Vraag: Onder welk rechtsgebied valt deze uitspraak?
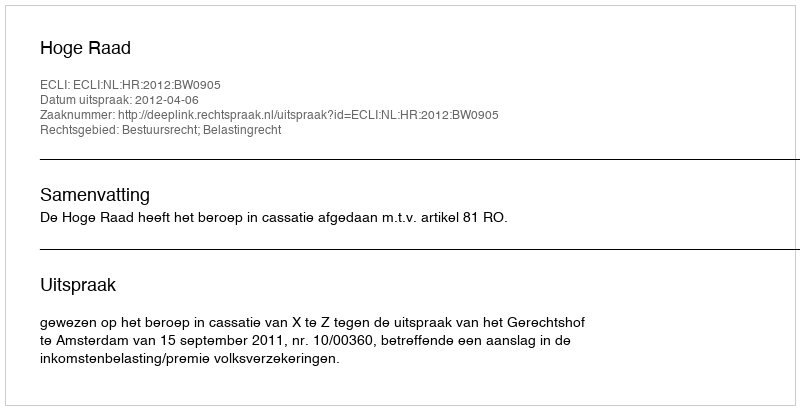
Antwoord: Bestuursrecht; Belastingrecht